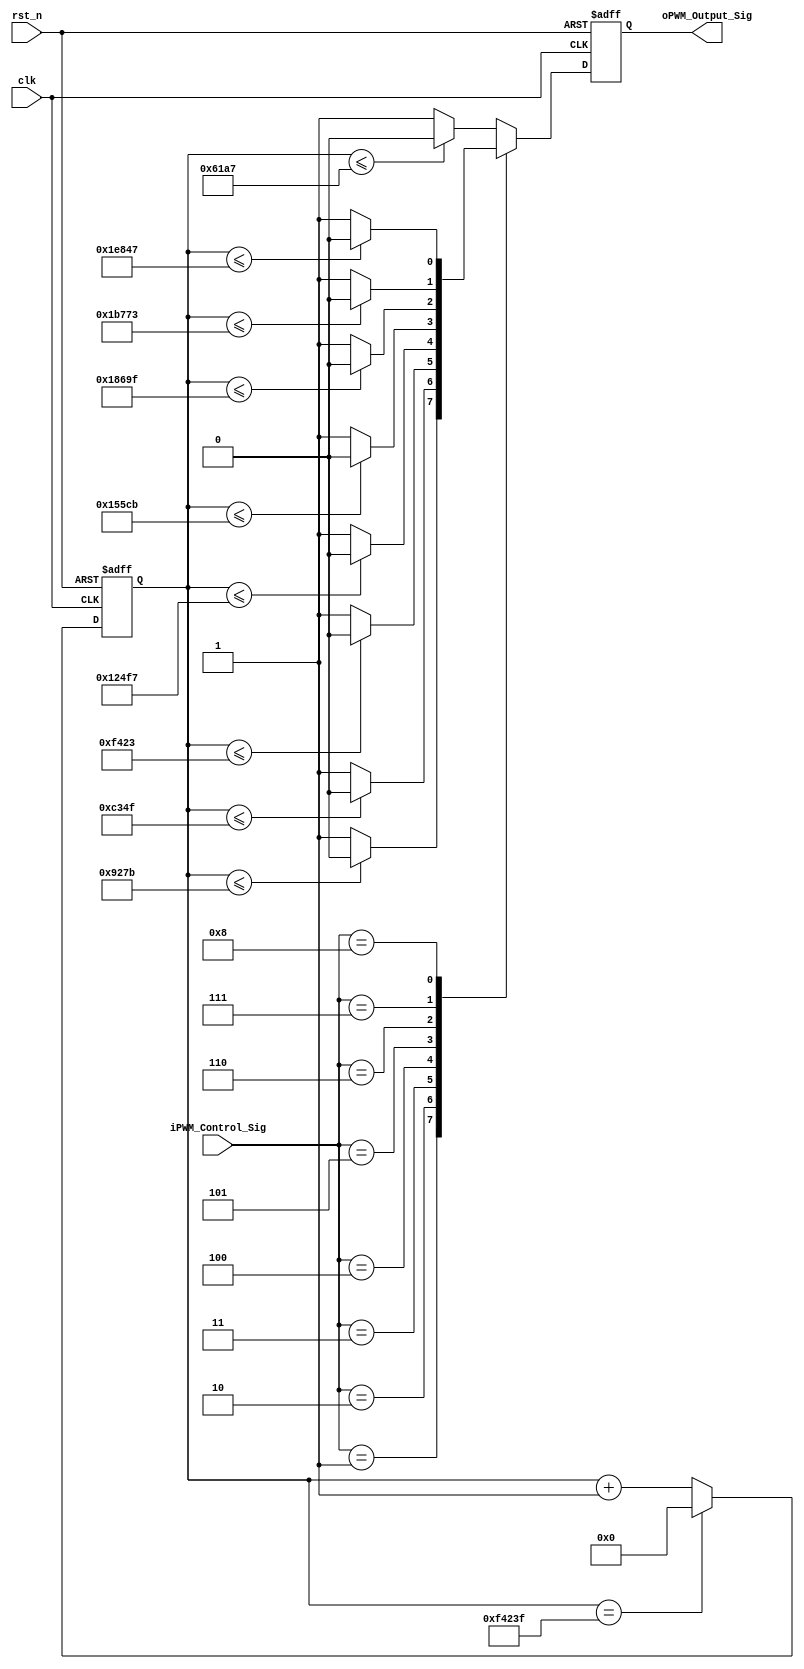
module pwm(
	input clk,
	input rst_n,
	input [7:0] iPWM_Control_Sig,
	output oPWM_Output_Sig
);

//20MS = 20_000_000ns
parameter T20MS = 20'd999_999;
//120ns 500_000ns 25000
parameter T0_5MS = 20'd25000-1;
parameter T0_75MS = 20'd37500-1;
parameter T1_00MS = 20'd50000-1;
parameter T1_25MS = 20'd62500-1;
parameter T1_50MS = 20'd75000-1;
parameter T1_75MS = 20'd87500-1;
parameter T2_00MS = 20'd100000-1;
parameter T2_25MS = 20'd112500-1;
parameter T2_50MS = 20'd125000-1;

reg [19:0] C1;

always @(posedge clk or negedge rst_n) begin
	if(!rst_n)
		C1 <= 20'd0;
	else if(C1 == T20MS)
		C1 <= 20'd0;
	else
		C1 <= C1 + 1'b1;
end

reg r_PWM_Output_Sig;

always @(posedge clk or negedge rst_n) begin
	if(!rst_n)
		r_PWM_Output_Sig <= 1'b0;
	else
		case(iPWM_Control_Sig)
			8'd0:
				if(C1 <= T0_5MS)
					r_PWM_Output_Sig <= 1'b0;
				else
					r_PWM_Output_Sig <= 1'b1;
			8'd1:
				if(C1 <= T0_75MS)
					r_PWM_Output_Sig <= 1'b0;
				else
					r_PWM_Output_Sig <= 1'b1;
			8'd2:
				if(C1 <= T1_00MS)
					r_PWM_Output_Sig <= 1'b0;
				else
					r_PWM_Output_Sig <= 1'b1;
			8'd3:
				if(C1 <= T1_25MS)
					r_PWM_Output_Sig <= 1'b0;
				else
					r_PWM_Output_Sig <= 1'b1;
			8'd4:
				if(C1 <= T1_50MS)
					r_PWM_Output_Sig <= 1'b0;
				else
					r_PWM_Output_Sig <= 1'b1;
			8'd5:
				if(C1 <= T1_75MS)
					r_PWM_Output_Sig <= 1'b0;
				else
					r_PWM_Output_Sig <= 1'b1;
			8'd6:
				if(C1 <= T2_00MS)
					r_PWM_Output_Sig <= 1'b0;
				else
					r_PWM_Output_Sig <= 1'b1;
			8'd7:
				if(C1 <= T2_25MS)
					r_PWM_Output_Sig <= 1'b0;
				else
					r_PWM_Output_Sig <= 1'b1;
			8'd8:
				if(C1 <= T2_50MS)
					r_PWM_Output_Sig <= 1'b0;
				else
					r_PWM_Output_Sig <= 1'b1;
			default:
				if(C1 <= T0_5MS)
					r_PWM_Output_Sig <= 1'b0;
				else
					r_PWM_Output_Sig <= 1'b1;				
		endcase
end	

assign oPWM_Output_Sig = r_PWM_Output_Sig;	
		
		
endmodule